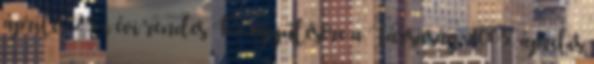
április 28-i évi rendes Közgyűlésére a Társaság 2005. április